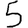
Digit: 5